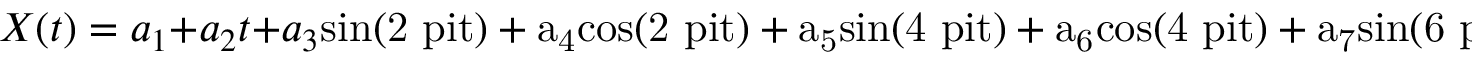
X ( t ) = a _ { 1 } + a _ { 2 } t + a _ { 3 } \mathrm { { s i n } ( 2 \ p i t ) + a _ { 4 } \mathrm { { c o s } ( 2 \ p i t ) + a _ { 5 } \mathrm { { s i n } ( 4 \ p i t ) + a _ { 6 } \mathrm { { c o s } ( 4 \ p i t ) + a _ { 7 } \mathrm { { s i n } ( 6 \ p i t ) + a _ { 8 } \mathrm { { c o s } ( 6 \ p i t ) + a _ { 9 } \mathrm { { s i n } ( 8 \ p i t ) + a _ { 1 0 } \mathrm { { c o s } ( 8 \ p i t ) } } } } } } } }